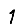
Digit: 1